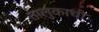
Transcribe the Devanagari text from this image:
तालुकाची